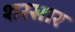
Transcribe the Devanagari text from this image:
शरसार